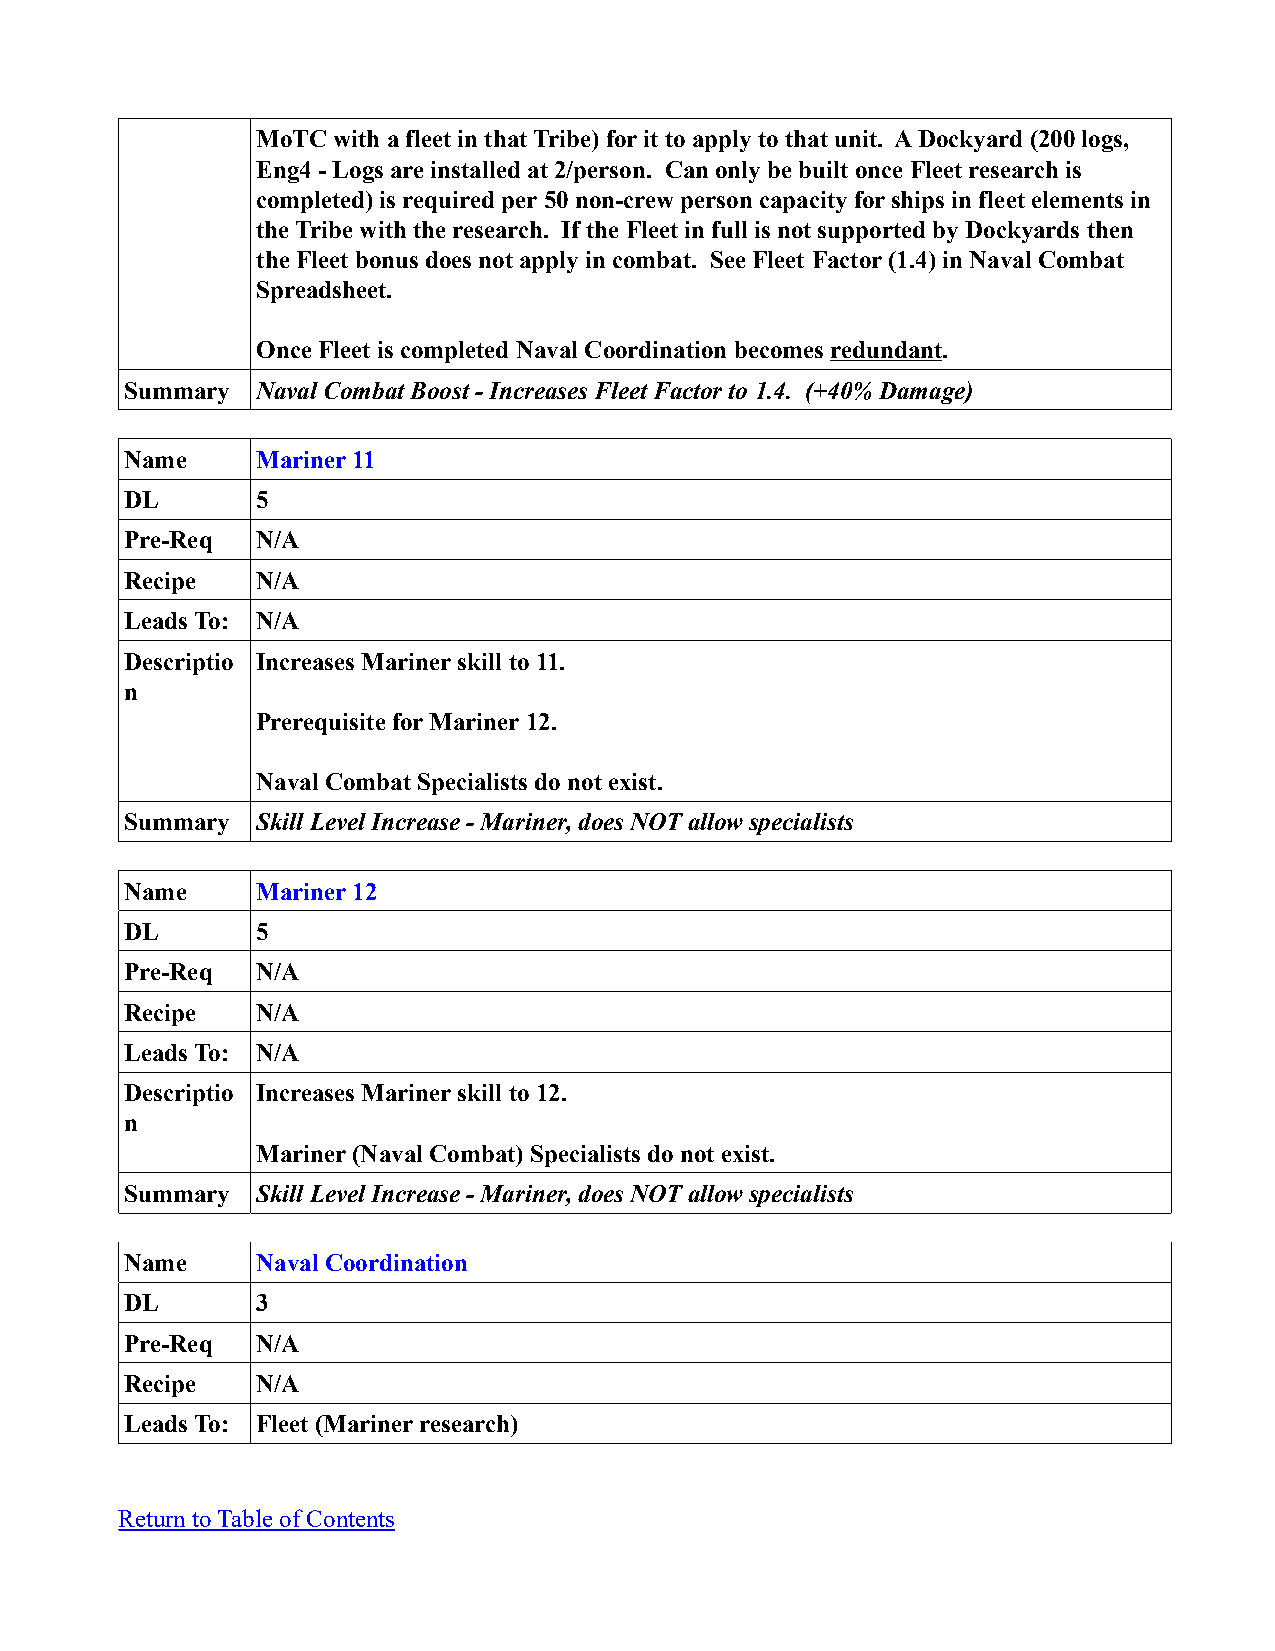
MoTC with a fleet in that Tribe) for it to apply to that unit. A Dockyard (200 logs,
 Eng4 - Logs are installed at 2/person. Can only be built once Fleet research is
 completed) is required per 50 non-crew person capacity for ships in fleet elements in
 the Tribe with the research. If the Fleet in full is not supported by Dockyards then
 the Fleet bonus does not apply in combat. See Fleet Factor (1.4) in Naval Combat
 Spreadsheet.
 Once Fleet is completed Naval Coordination becomes redundant.
 Summary  Naval Combat Boost - Increases Fleet Factor to 1.4. (+40% Damage)
 Name     Mariner 11
 DL       5
 Pre-Req  N/A
 Recipe   N/A
 Leads To: N/A
 Descriptio Increases Mariner skill to 11.
 n
 Prerequisite for Mariner 12.
 Naval Combat Specialists do not exist.
 Summary  Skill Level Increase - Mariner, does NOT allow specialists
 Name     Mariner 12
 DL       5
 Pre-Req  N/A
 Recipe   N/A
 Leads To: N/A
 Descriptio Increases Mariner skill to 12.
 n
 Mariner (Naval Combat) Specialists do not exist.
 Summary  Skill Level Increase - Mariner, does NOT allow specialists
 Name     Naval Coordination
 DL       3
 Pre-Req  N/A
 Recipe   N/A
 Leads To: Fleet (Mariner research)
 Return to Table of Contents